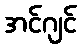
အင်ဂျင်